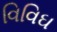
વિવિઘ